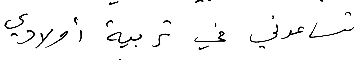
تساعدني في تربية أولادي